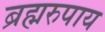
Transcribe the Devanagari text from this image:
ब्रह्मरुपाय